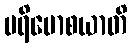
ပရိမောစယာတိ